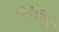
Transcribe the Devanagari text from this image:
मोरोशीचा